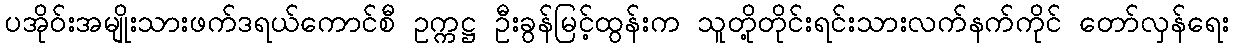
ပအိုဝ်းအမျိုးသားဖက်ဒရယ်ကောင်စီ ဥက္ကဋ္ဌ ဦးခွန်မြင့်ထွန်းက သူတို့တိုင်းရင်းသားလက်နက်ကိုင် တော်လှန်ရေး